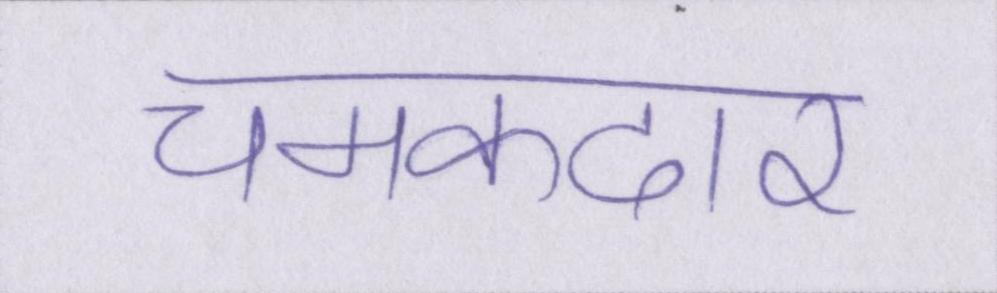
चमकदार